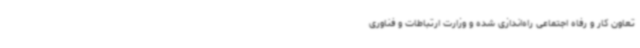
تعاون کار و رفاه اجتماعی راه‌اندازی شده و وزارت ارتباطات و فناوری